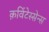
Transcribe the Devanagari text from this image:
क़विंटेस्सेन्स